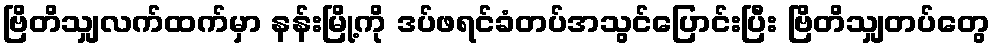
ဗြိတိသျှလက်ထက်မှာ နန်းမြို့ကို ဒပ်ဖရင်ခံတပ်အသွင်ပြောင်းပြီး ဗြိတိသျှတပ်တွေ